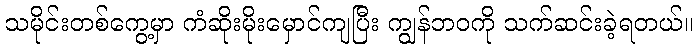
သမိုင်းတစ်ကွေ့မှာ ကံဆိုးမိုးမှောင်ကျပြီး ကျွန်ဘဝကို သက်ဆင်းခဲ့ရတယ်။